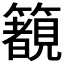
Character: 𱸰